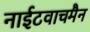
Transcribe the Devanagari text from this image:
नाईटवाचमैन